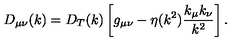
D _ { \mu \nu } ( k ) = D _ { T } ( k ) \left[ g _ { \mu \nu } - \eta ( k ^ { 2 } ) \frac { k _ { \mu } k _ { \nu } } { k ^ { 2 } } \right] .